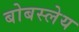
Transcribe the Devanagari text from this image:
बोबस्लेय